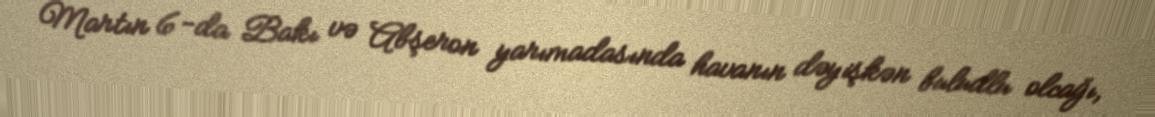
Martın 6-da Bakı və Abşeron yarımadasında havanın dəyişkən buludlu olcağı,